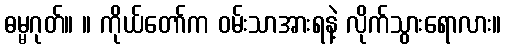
ဓမ္မဂုတ်။ ။ ကိုယ်တော်က ဝမ်းသာအားရနဲ့ လိုက်သွားရောလား။